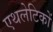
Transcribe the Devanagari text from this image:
एथलेटिकों